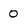
Character: 0